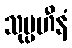
သုပ္ပဟီနံ